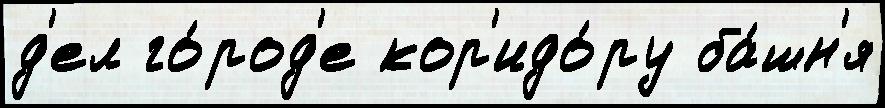
д'ел го́род'е кор'идо́ру ба́шн'я